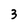
Character: 3